Report on vaccination in the Province of Bengal - 1869-1873
Year: 1869
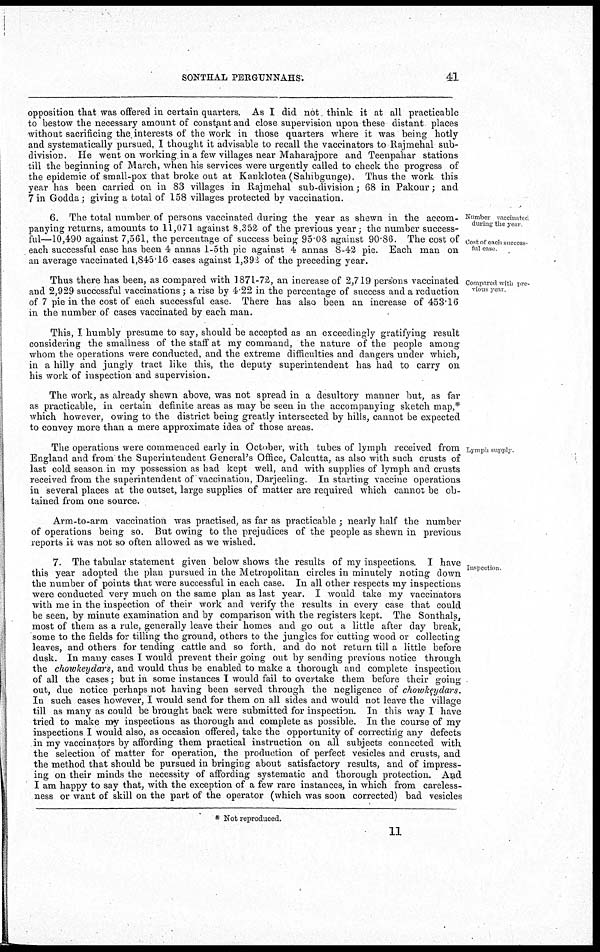
SONTHAL PERGUNNAHS.
41
opposition that was offered in certain quarters. As I did not think it at all practicable
to bestow the necessary amount of constant and close supervision upon these distant places
without sacrificing the, interests of the work in those quarters where it was being hotly
and systematically pursued, I thought it advisable to recall the vaccinators to Rajmehal sub-
division. He went on working in a few villages near Maharajpore and Teenpahar stations
till the beginning of March, when his services were urgently called to check the progress of
the epidemic of small-pox that broke out at Kanklotea(Sahibgunge). Thus the work this
year has been carried on in 83 villages in Rajmehal sub-division; 68 in Pakour; and
7 in Godda; giving a total of 158 villages protected by vaccination.
Number vaccinated
during the year
Cost of each success-
ful case.
6. The total number of persons vaccinated during the year as shewn in the accom-
panying returns, amounts to 11,071 against 8,352 of the previous year; the number success-
ful—10,490 against 7,561, the percentage of success being 95.08 against 90.86. The cost of
each successful case has been 4 annas 1-5th pie against 4 annas 8-42 pie. Each man on
an average vaccinated 1,845.16 cases against 1,392 of the preceding year.
Compared with pre-
vious year
Thus there has been, as compared with 1871-72, an increase of 2,719 persons vaccinated
and 2,929 successful vaccinations; a rise by 4.22 in the percentage of success and a reduction
of 7 pie in the cost of each successful case. There has also been an increase of 453.16
in the number of cases vaccinated by each man.
This, I humbly presume to say, should be accepted as an exceedingly gratifying result
considering the smallness of the staff at my command, the nature of the people among
whom the operations were conducted, and the extreme difficulties and dangers under which,
in a hilly and jungly tract like this, the deputy superintendent has had to carry on
his work of inspection and supervision.
The work, as already shewn above, was not spread in a desultory manner but, as far
as practicable, in certain definite areas as may be seen in the accompanying sketch map,*
which however, owing to the district being greatly intersected by hills, cannot be expected
to convey more than a mere approximate idea of those areas.
Lymph supply
The operations were commenced early in October, with tubes of lymph received from
England and from the Superintendent General's Office, Calcutta, as also with such crusts of
last cold season in my possession as had kept well, and with supplies of lymph and crusts
received from the superintendent of vaccination, Darjeeling. In starting vaccine operations
in several places at the outset, large supplies of matter are required which cannot be ob-
tained from one source.
Arm-to-arm vaccination was practised, as far as practicable ; nearly half the number
of operations being so. But owing to the prejudices of the people as shewn in previous
reports it was not so often allowed as we wished.
Inspection
7. The tabular statement given below shows the results of my inspections. I have
this year adopted the plan pursued in the Metropolitan circles in minutely noting down
the number of points that were successful in each case. In all other respects my inspections
were conducted very much on the same plan as last year. I would take my vaccinators
with me in the inspection of their work and verify the results in every case that could
be seen, by minute examination and by comparison with the registers kept. The Sonthals,
most of them as a rule, generally leave their homes and go out a little after day break,
some to the fields for tilling the ground, others to the jungles for cutting wood or collecting
leaves, and others for tending cattle and so forth, and do not return till a little before
dusk. In many cases I would prevent their going out by sending previous notice through
the chowkeydars, and would thus be enabled to make a thorough and complete inspection
of all the cases; but in some instances I would fail to overtake them before their going
out, due notice perhaps not having been served through the negligence of chowkeydars.
In such cases however, I would send for them on all sides and would not leave the village
till as many as could be brought back were submitted for inspection. In this way I have
tried to make my inspections as thorough and complete as possible. In the course of my
inspections I would also, as occasion offered, take the opportunity of correcting any defects
in my vaccinators by affording them practical instruction on all subjects connected with
the selection of matter for operation, the production of perfect vesicles and crusts, and
the method that should be pursued in bringing about satisfactory results, and of impress-
ing on their minds the necessity of affording systematic and thorough protection. And
I am happy to say that, with the exception of a few rare instances, in which from careless-
ness or want of skill on the part of the operator (which was soon corrected) bad vesicles
* Not reproduced.
11